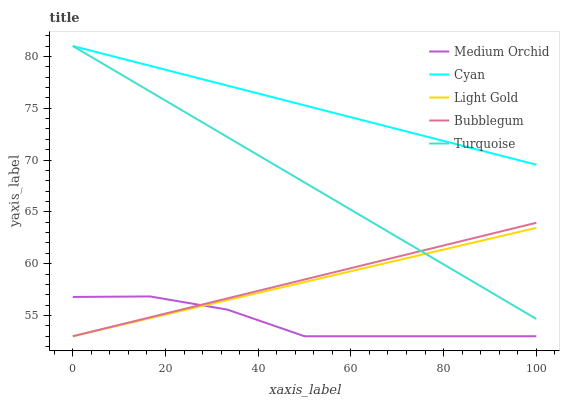
| xaxis_label | Medium Orchid | Cyan | Light Gold | Bubblegum | Turquoise |
 | --- | --- | --- | --- | --- | --- |
 | 0 | 56.8 | 81 | 53 | 53 | 81 |
 | 16.7 | 56.8 | 79.1 | 54.7 | 54.8 | 76.6 |
 | 33.3 | 55.6 | 77.2 | 56.5 | 56.6 | 72.2 |
 | 50 | 53 | 75.3 | 58.2 | 58.5 | 67.8 |
 | 66.7 | 53 | 73.4 | 60 | 60.3 | 63.4 |
 | 83.3 | 53 | 71.5 | 61.7 | 62.1 | 59.1 |
 | 100 | 53 | 69.6 | 63.5 | 63.9 | 54.7 |